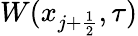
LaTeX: W(x_{j+\frac{1}{2}},\tau)